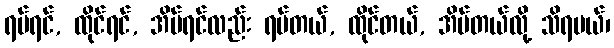
ရပ်ရင်, ထိုင်ရင်, အိပ်ရင်လည်း ရပ်တယ်, ထိုင်တယ်, အိပ်တယ်လို့ သိရမယ်၊